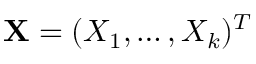
\mathbf { X } = ( X _ { 1 } , \ldots , X _ { k } ) ^ { T }